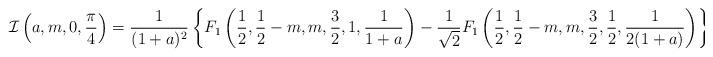
LaTeX: \begin{align*} \mathcal{I}\left(a, m, 0, \frac{\pi}{4}\right) = \frac{1}{(1+a)^{2}} \left\lbrace F_{1}\left(\frac{1}{2}, \frac{1}{2} - m, m, \frac{3}{2}, 1, \frac{1}{1+a} \right) - \frac{1}{\sqrt{2}} F_{1}\left(\frac{1}{2}, \frac{1}{2} - m, m, \frac{3}{2}, \frac{1}{2}, \frac{1}{2(1+a)} \right) \right\rbrace\end{align*}